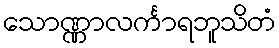
သောဏ္ဏာလင်္ကာရဘူသိတံ